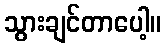
သွားချင်တာပေါ့။